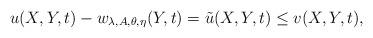
LaTeX: \begin{align*}u(X,Y,t)-w_{\lambda,A,\theta,\eta}(Y,t)=\tilde u(X,Y,t)\leq v(X,Y,t),\end{align*}